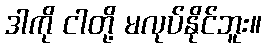
ဒါကို ငါတို့ မလုပ်နိုင်ဘူး။